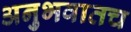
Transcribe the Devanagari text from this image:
अनुभवातच